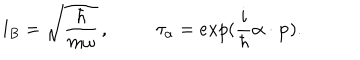
LaTeX: l _ { B } = \sqrt { { \frac { \hbar } { m \omega } } } \, , \tau _ { \bf \alpha } = e x p ( { \frac { i } { \hbar } } { \bf \alpha } \cdot { \bf p } ) .